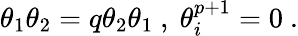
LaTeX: \theta_{1}\theta_{2}=q\theta_{2}\theta_{1}\ ,\ \theta_{i}^{p+1}=0\ .